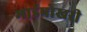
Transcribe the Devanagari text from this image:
माईपोखरी